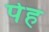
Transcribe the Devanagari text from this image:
पेह